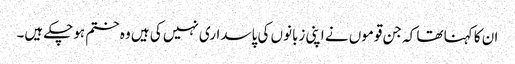
ان کا کہنا تھا کہ جن قوموں نے اپنی زبانوں کی پاسداری نہیں کی ہیں وہ ختم ہوچکے ہیں۔